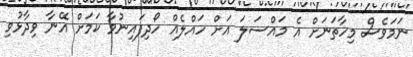
ނަމަވެސް މިހާތަނަށް އެ މައްސަލަ އަށް ހައްލެއް ހޯދިފައިނުވާ ކަމަށް އޭނާ ވިދާޅުވި